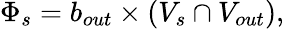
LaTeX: \Phi_{s}=b_{out}\times(V_{s}\cap V_{out}),